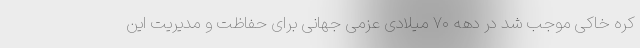
کره خاکی موجب شد در دهه ۷۰ میلادی عزمی جهانی برای حفاظت و مدیریت این